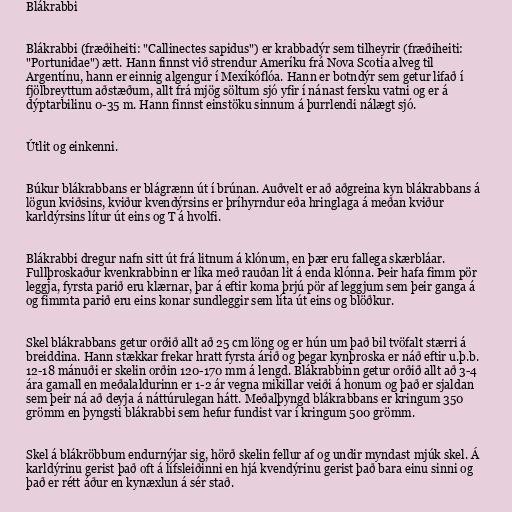
Blákrabbi

Blákrabbi (fræðiheiti: "Callinectes sapidus") er krabbadýr sem tilheyrir (fræðiheiti:
"Portunidae") ætt. Hann finnst við strendur Ameríku frá Nova Scotia alveg til
Argentínu, hann er einnig algengur í Mexíkóflóa. Hann er botndýr sem getur lifað í
fjölbreyttum aðstæðum, allt frá mjög söltum sjó yfir í nánast fersku vatni og er á
dýptarbilinu 0-35 m. Hann finnst einstöku sinnum á þurrlendi nálægt sjó.

Útlit og einkenni.

Búkur blákrabbans er blágrænn út í brúnan. Auðvelt er að aðgreina kyn blákrabbans á
lögun kviðsins, kviður kvendýrsins er þríhyrndur eða hringlaga á meðan kviður
karldýrsins lítur út eins og T á hvolfi.

Blákrabbi dregur nafn sitt út frá litnum á klónum, en þær eru fallega skærbláar.
Fullþroskaður kvenkrabbinn er líka með rauðan lit á enda klónna. Þeir hafa fimm pör
leggja, fyrsta parið eru klærnar, þar á eftir koma þrjú pör af leggjum sem þeir ganga á
og fimmta parið eru eins konar sundleggir sem líta út eins og blöðkur.

Skel blákrabbans getur orðið allt að 25 cm löng og er hún um það bil tvöfalt stærri á
breiddina. Hann stækkar frekar hratt fyrsta árið og þegar kynþroska er náð eftir u.þ.b.
12-18 mánuði er skelin orðin 120-170 mm á lengd. Blákrabbinn getur orðið allt að 3-4
ára gamall en meðalaldurinn er 1-2 ár vegna mikillar veiði á honum og það er sjaldan
sem þeir ná að deyja á náttúrulegan hátt. Meðalþyngd blákrabbans er kringum 350
grömm en þyngsti blákrabbi sem hefur fundist var í kringum 500 grömm.

Skel á blákröbbum endurnýjar sig, hörð skelin fellur af og undir myndast mjúk skel. Á
karldýrinu gerist það oft á lífsleiðinni en hjá kvendýrinu gerist það bara einu sinni og
það er rétt áður en kynæxlun á sér stað.